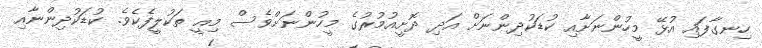
ހިނގާފައި އުޅޭ މީހުންނަށާއި ކުޑަކުދިންނަށް އަދި ދޮށީއުމުރުގެ މީހުންނަށްވެސް މިއީ ތަކުލީފެކެވެ. ކުޑަކުދިންނާއި